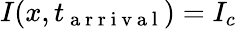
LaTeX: I(x,t_{\mathrm{~a~r~r~i~v~a~l~}})=I_{c}